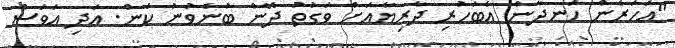
"އަހަރެން ހަނދާން އެބަހުރި ދާރިޔާއަށް ވަގުތު ދޭން ބުނެވުނު ކަން. އަދި އަވަސް